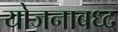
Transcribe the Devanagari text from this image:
योजनाबध्द